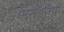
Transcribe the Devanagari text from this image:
समझूँगा